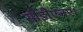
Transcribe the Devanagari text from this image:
सीडीएनए।